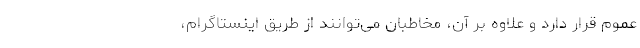
عموم قرار دارد و علاوه بر آن، مخاطبان می‌توانند از طریق اینستاگرام،